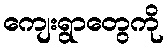
ကျေးရွာတွေကို